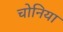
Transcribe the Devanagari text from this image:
चोनिया